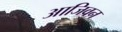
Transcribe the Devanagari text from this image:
आजिवन